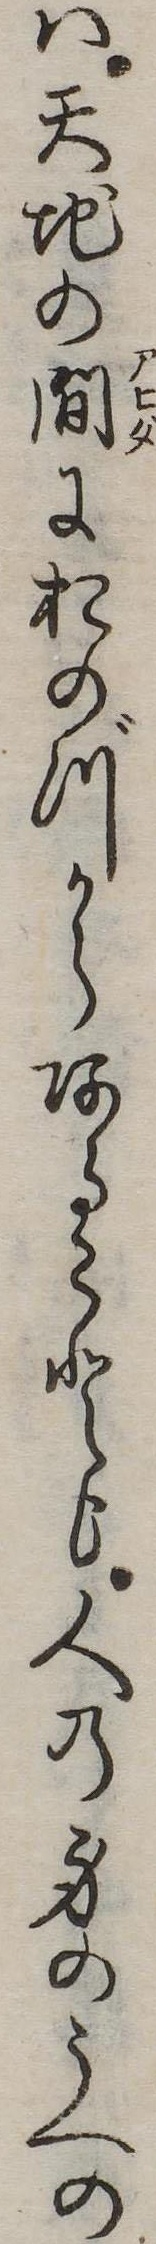
は天地の間におのづからあることも人の身のうへの